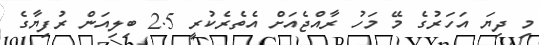
މި ދިޔަ އަހަރުގެ މޭ މަހު ރާއްޖެއަށް އެތެރެކުރީ 2.5 ބިލިއަން ރުފިޔާގެ